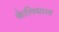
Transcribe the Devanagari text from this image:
केलिमाल